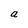
Character: a